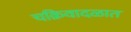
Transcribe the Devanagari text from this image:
चक्रिवादळात